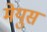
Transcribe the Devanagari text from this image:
मेयुस